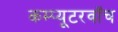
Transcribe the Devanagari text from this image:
कम्प्यूटरवॉच